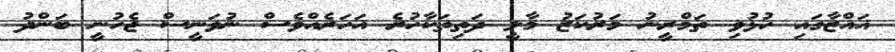
ޣައްޒާގައި ހުޅުވި ތަމްރީނު މަރުކަޒު މާލީ ދަތިތަކާހުރެ އަހަރެއްވެސް ނުވަނީސް ޖެހުނީ ބަންދު